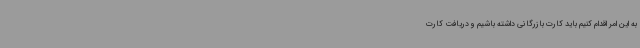
به این امر اقدام کنیم باید کارت بازرگانی داشته باشیم و دریافت کارت